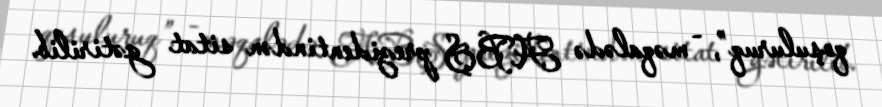
qoşuluruq”, - məqalədə ABŞ prezidentindən sitat gətirilib.